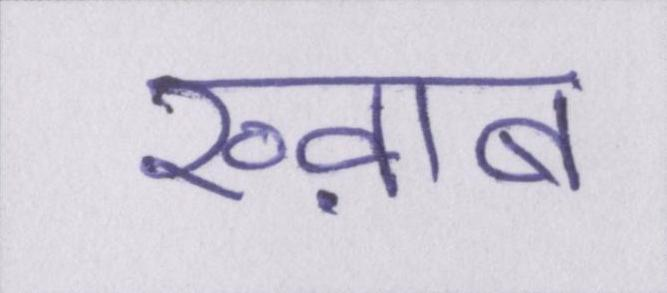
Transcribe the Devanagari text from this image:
ख्व़ाब